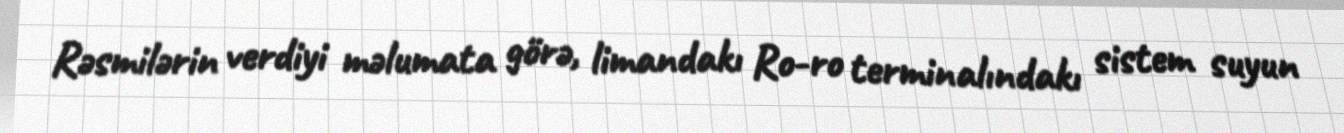
Rəsmilərin verdiyi məlumata görə, limandakı Ro-ro terminalındakı sistem suyun